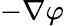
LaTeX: -\nabla\varphi